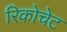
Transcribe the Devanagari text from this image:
रिकोचेट